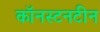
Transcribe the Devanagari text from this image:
कॉनस्टनटीन